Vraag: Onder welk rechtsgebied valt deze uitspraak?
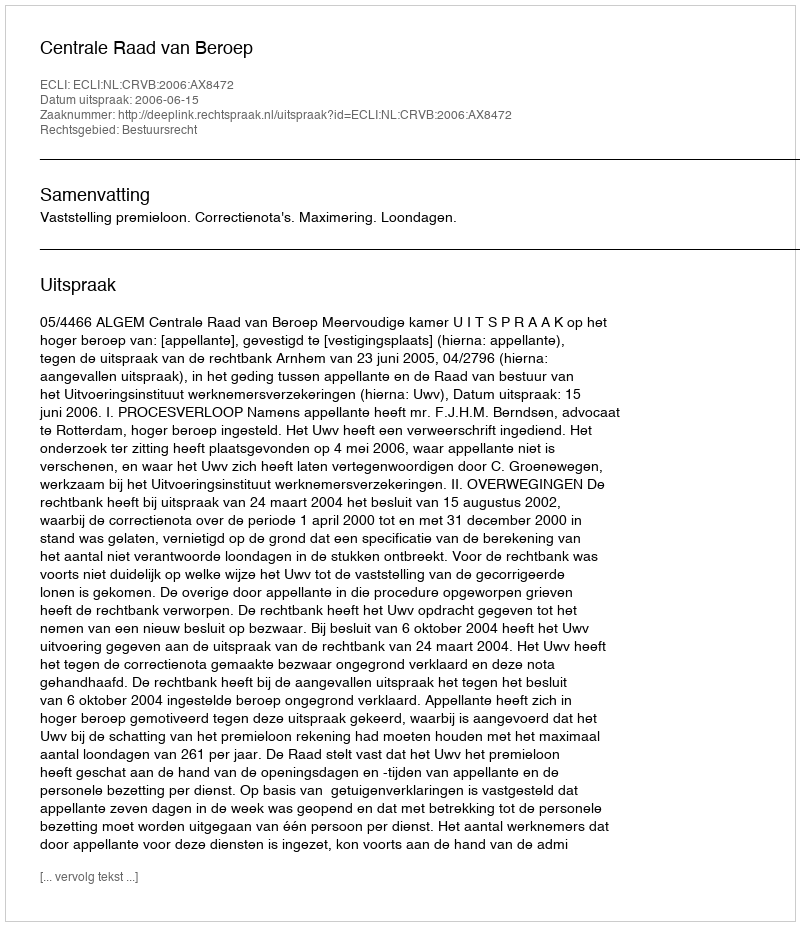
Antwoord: Bestuursrecht